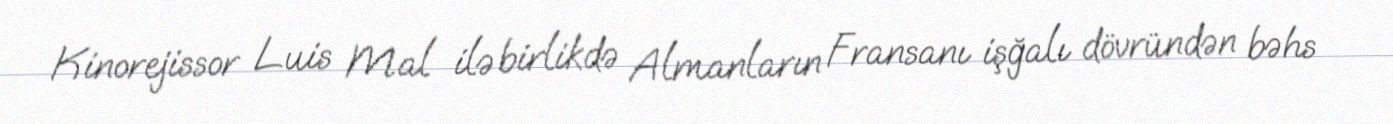
Kinorejissor Luis Mal ilə birlikdə Almanların Fransanı işğalı dövründən bəhs